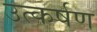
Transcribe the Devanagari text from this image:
उत्कर्षण